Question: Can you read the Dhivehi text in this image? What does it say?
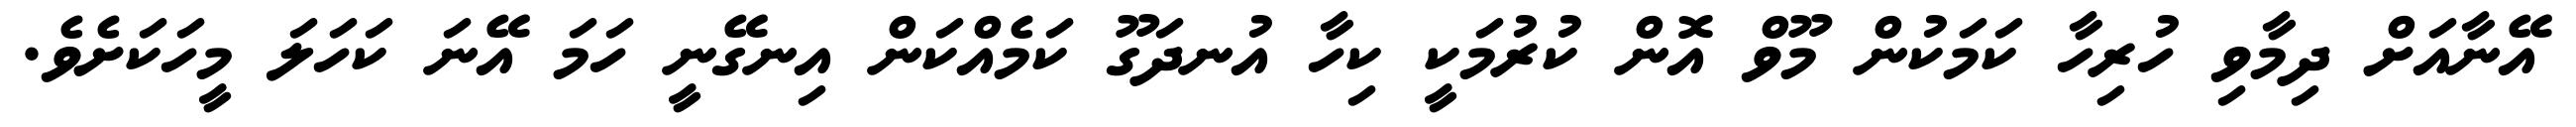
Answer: އޭނާއަށް ދިމާވި ހުރިހާ ކަމަކުން މޫވް އޮން ކުރުމަކީ ކިހާ އުނދަގޫ ކަމެއްކަން އިނގޭނީ ހަމަ އޭނަ ކަހަލަ މީހަކަށެވެ.